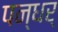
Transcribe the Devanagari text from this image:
पन्धर्